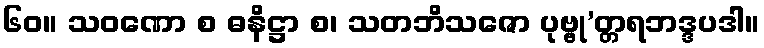
၆၀။ သဝဏော စ ဓနိဋ္ဌာ စ၊ သတဘိသဇော ပုဗ္ဗု’တ္တရဘဒ္ဒပဒါ။